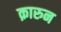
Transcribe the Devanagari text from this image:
क़ारुन